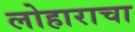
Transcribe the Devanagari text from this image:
लोहाराचा